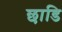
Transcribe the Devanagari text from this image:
छाडि